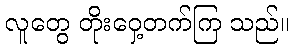
လူတွေ တိုးဝှေ့တက်ကြ သည်။